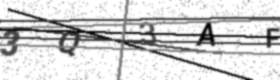
Text: 3Q3AF